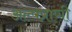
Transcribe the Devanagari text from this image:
अल्पप्राणी